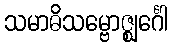
သမာဓိသမ္ဗောဇ္ဈင်္ဂေါ